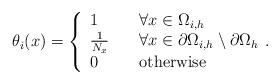
LaTeX: \begin{align*} \theta_i(x)=\left\{\begin{array}{ll}1\quad&\forall x\in\Omega_{i,h} \\\frac{1}{N_x} \quad&\forall x\in\partial \Omega_{i,h}\setminus \partial\Omega_h \\0\quad& \textrm{otherwise}\\\end{array}.\right.\end{align*}